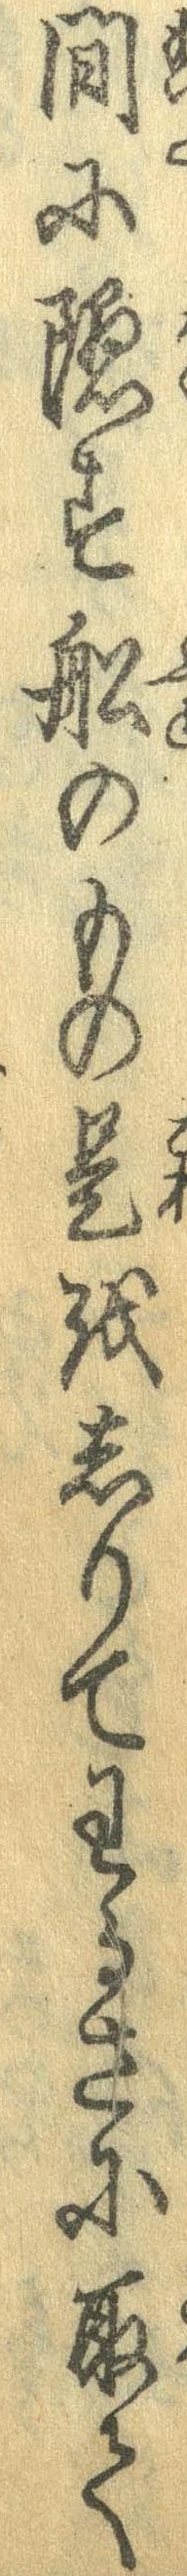
間に隠す船のもの是をしりてわるさに取て